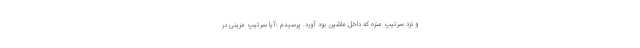
و نزد سرتیپ منزه که داخل ماشین بود آورد. پرسیدم :آیا سرتیپ مزینی در